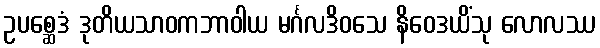
ဥပစ္ဆေဒံ ဒုတိယသာဝကဘာဝါယ မင်္ဂလဒိဝသေ နိဝေဒယိံသု လောလဿ